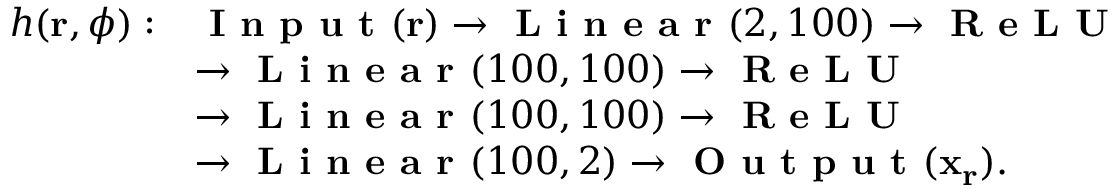
\begin{array} { r l } { h ( \mathbf { r } , \phi ) : } & { \textbf { I n p u t } ( \mathbf { r } ) \to \textbf { L i n e a r } ( 2 , 1 0 0 ) \to \textbf { R e L U } } \\ & { \to \textbf { L i n e a r } ( 1 0 0 , 1 0 0 ) \to \textbf { R e L U } } \\ & { \to \textbf { L i n e a r } ( 1 0 0 , 1 0 0 ) \to \textbf { R e L U } } \\ & { \to \textbf { L i n e a r } ( 1 0 0 , 2 ) \to \textbf { O u t p u t } ( \mathbf { x } _ { \mathbf { r } } ) . } \end{array}